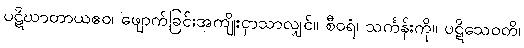
ပဋိဃာတာယဧဝ၊ ဖျောက်ခြင်းအကျိုးငှာသာလျှင်။ စီဝရံ၊ သင်္ကန်းကို။ ပဋိသေဝတိ၊